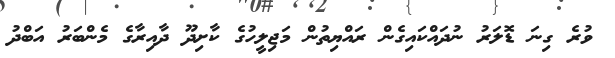
ވުރެ ގިނަ ޑޮލަރު ނުދައްކައިގެން ރައްޔިތުން މަޖިލީހުގެ ކާށިދޫ ދާއިރާގެ މެންބަރު އަބްދު